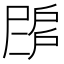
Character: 𢩗